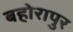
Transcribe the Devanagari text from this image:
बहोरापुर